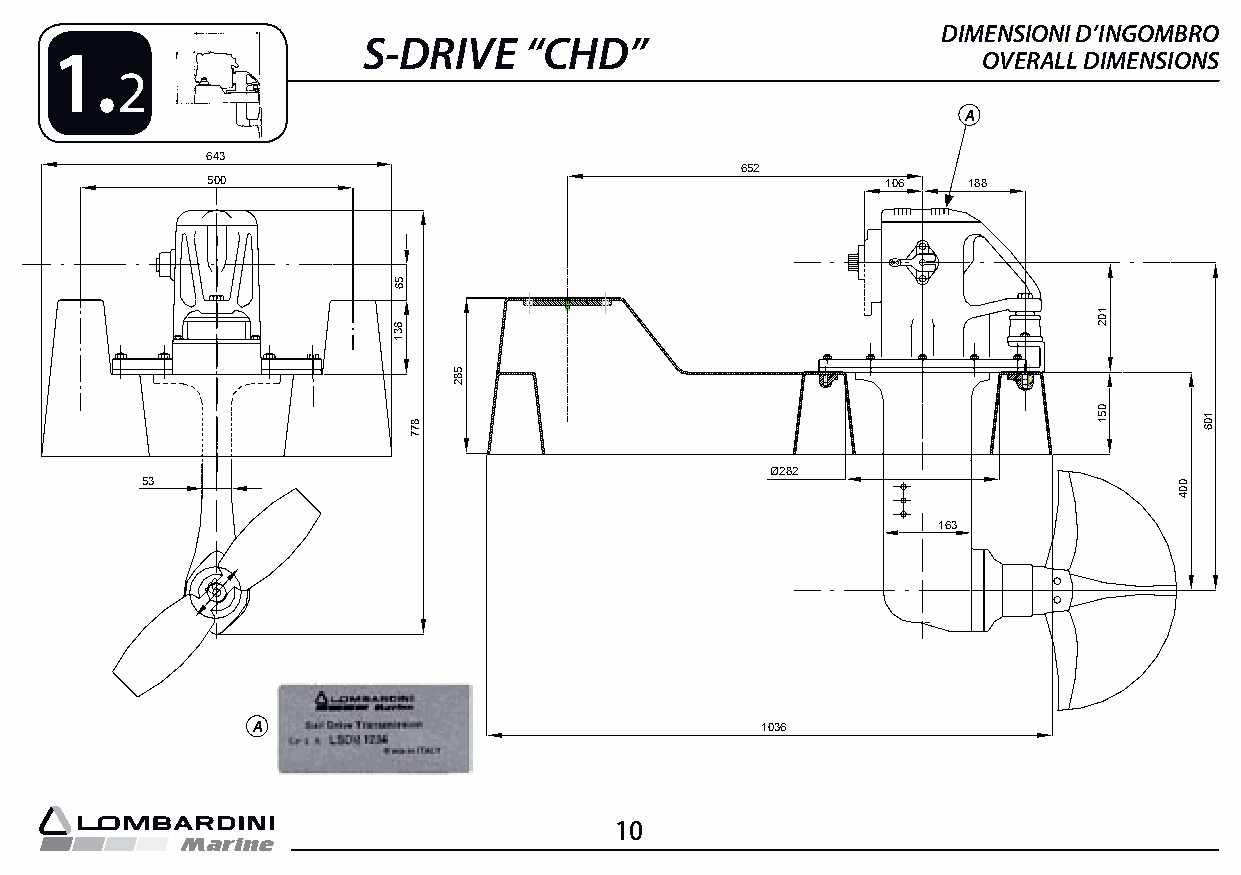
DIMENSIONI D’INGOMBRO
 S-DRIVE    “CHD”
 1.                                                           OVERALL DIMENSIONS
 2
 A
 643
 652
 500                                          106  188
 Ø282
 53
 163
 122
 A                                1036
 10
 56
 631
 877
 582
 102
 051
 004
 106